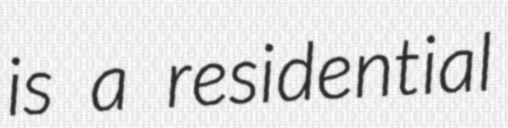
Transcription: is a residential